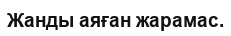
Жанды аяған жарамас.